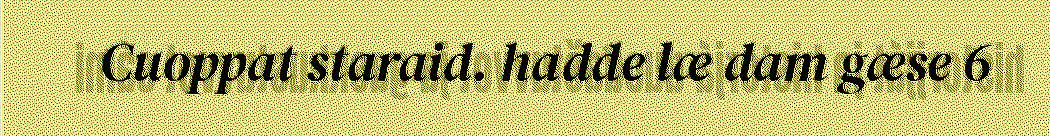
Cuoppat staraid. hadde læ dam gæse 6